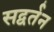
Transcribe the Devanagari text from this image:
सद्वर्तन